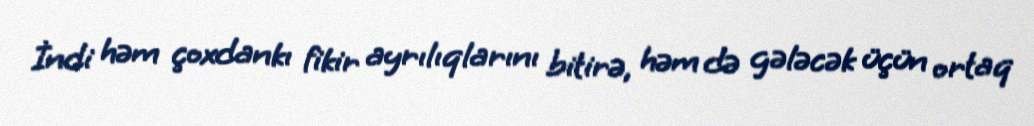
İndi həm çoxdankı fikir ayrılıqlarını bitirə, həm də gələcək üçün ortaq